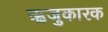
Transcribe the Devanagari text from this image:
ऋजुकारक